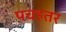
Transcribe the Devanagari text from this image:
पचहतर